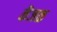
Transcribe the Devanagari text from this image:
केंजळ